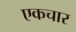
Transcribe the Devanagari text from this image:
एकचार